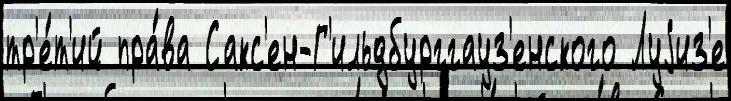
тр'е́т'ий пра́ва Сакс'ен-Г'ильдбурггауз'енского Луjиз'е